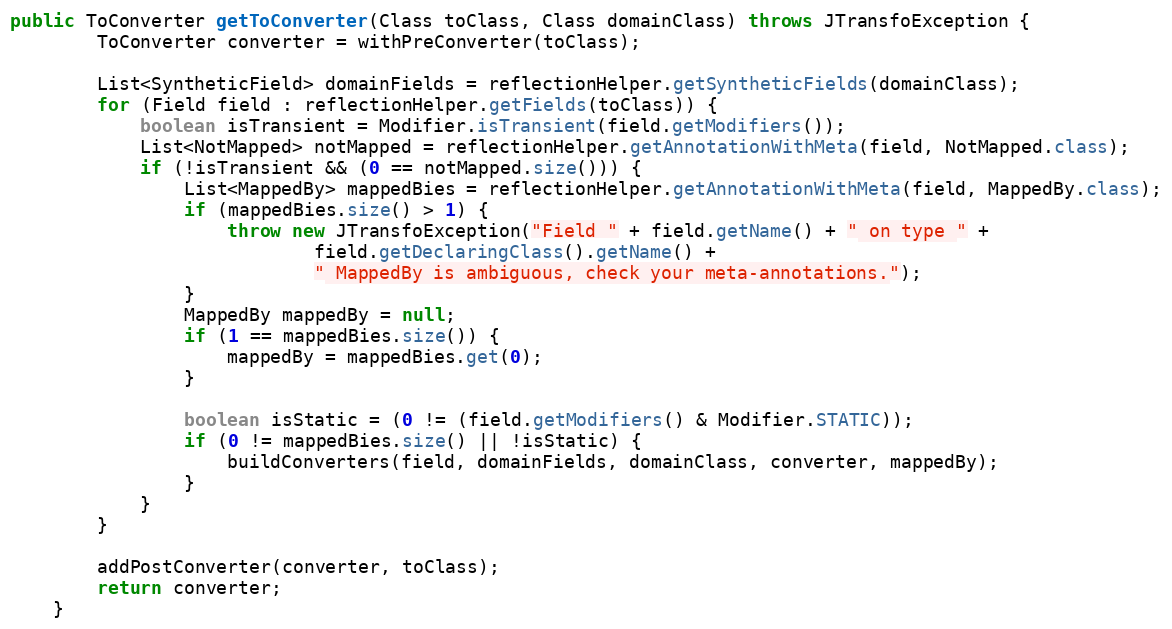
Language: Java
public ToConverter getToConverter(Class toClass, Class domainClass) throws JTransfoException {
        ToConverter converter = withPreConverter(toClass);

        List<SyntheticField> domainFields = reflectionHelper.getSyntheticFields(domainClass);
        for (Field field : reflectionHelper.getFields(toClass)) {
            boolean isTransient = Modifier.isTransient(field.getModifiers());
            List<NotMapped> notMapped = reflectionHelper.getAnnotationWithMeta(field, NotMapped.class);
            if (!isTransient && (0 == notMapped.size())) {
                List<MappedBy> mappedBies = reflectionHelper.getAnnotationWithMeta(field, MappedBy.class);
                if (mappedBies.size() > 1) {
                    throw new JTransfoException("Field " + field.getName() + " on type " +
                            field.getDeclaringClass().getName() +
                            " MappedBy is ambiguous, check your meta-annotations.");
                }
                MappedBy mappedBy = null;
                if (1 == mappedBies.size()) {
                    mappedBy = mappedBies.get(0);
                }

                boolean isStatic = (0 != (field.getModifiers() & Modifier.STATIC));
                if (0 != mappedBies.size() || !isStatic) {
                    buildConverters(field, domainFields, domainClass, converter, mappedBy);
                }
            }
        }

        addPostConverter(converter, toClass);
        return converter;
    }